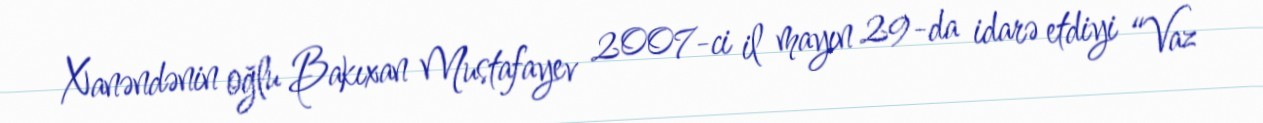
Xanəndənin oğlu Bakıxan Mustafayev 2007-ci il mayın 29-da idarə etdiyi “Vaz